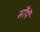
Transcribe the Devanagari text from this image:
सौंपें